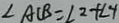
\angle A C B = \angle 2 + \angle 4